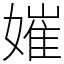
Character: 㜠